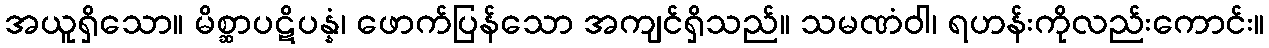
အယူရှိသော။ မိစ္ဆာပဋိပန္နံ၊ ဖောက်ပြန်သော အကျင်ရှိသည်။ သမဏံဝါ၊ ရဟန်းကိုလည်းကောင်း။